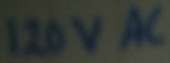
Text: 120VAC